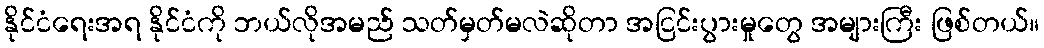
နိုင်ငံရေးအရ နိုင်ငံကို ဘယ်လိုအမည် သတ်မှတ်မလဲဆိုတာ အငြင်းပွားမှုတွေ အများကြီး ဖြစ်တယ်။